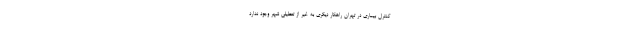
کنترل بیماری در تهران راهکار دیگری به غیر از تعطیلی شهر وجود ندارد